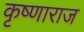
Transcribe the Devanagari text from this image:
कृष्णाराज